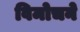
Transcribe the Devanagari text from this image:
विमोचने